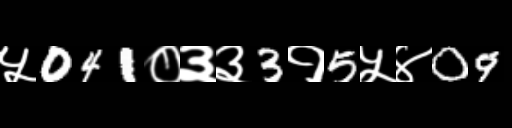
Text: ५041०३३3१5५४09